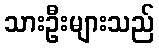
သားဦးများသည်